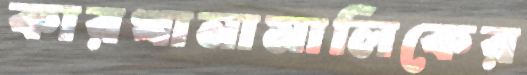
কারখানামালিকের